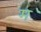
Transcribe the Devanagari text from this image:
म॓